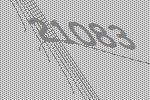
21083